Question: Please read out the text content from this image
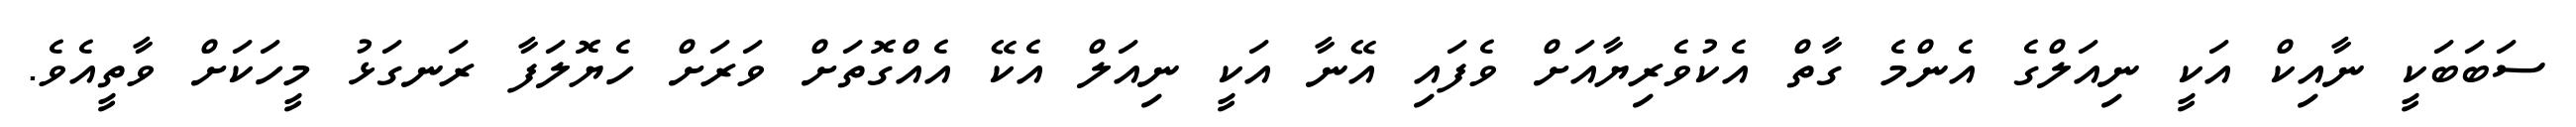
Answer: ސަބަބަކީ ނާއިކް އަކީ ނިއަލްގެ އެންމެ ގާތް އެކުވެރިޔާއަށް ވެފައި އޭނާ އަކީ ނިއަލް އެކޭ އެއްގޮތަށް ވަރަށް ހެޔޮލަފާ ރަނގަޅު މީހަކަށް ވާތީއެވެ.